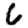
Digit: 6